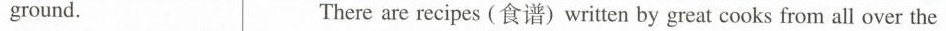
ground. There are recipes (食谱)written by great cooks from all over the